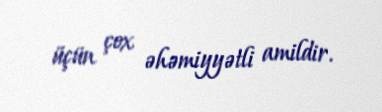
üçün çox əhəmiyyətli amildir.